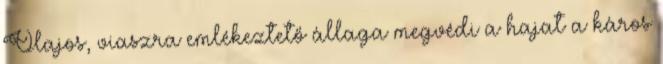
Olajos, viaszra emlékeztető állaga megvédi a hajat a káros